Lunatic asylums Madras 1892-1911 - 1892-1911
Year: 1892
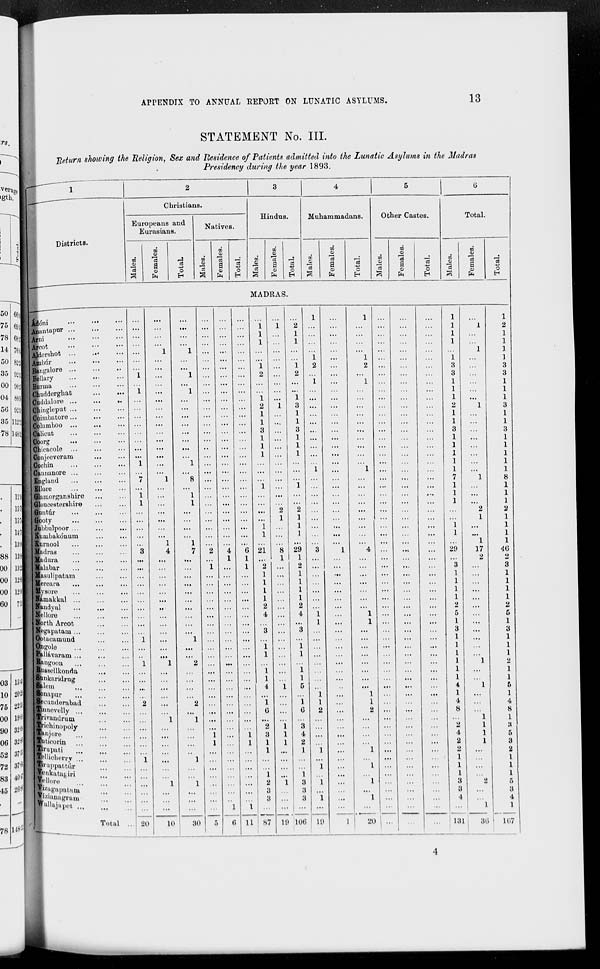
APPENDIX TO ANNUAL REPORT ON LUNATIC ASYLUMS.
13
STATEMENT No. III.
Return showing the Religion, Sex and Residence of Patients admitted into the Lunatic Asylums in the Madras
Presidency during the year 1893.
1
Districts.
2
Christians.
Europeans and
Eurasians.
Males.
Females.
Total.
Natives.
Males.
Females.
Total.
3
Hindus.
Males.
Females.
Total.
4
Muhammadans.
Males.
Females.
Total.
5
Other Castes.
Males.
Females.
Total.
6
Total.
Males.
Females.
Total.
MADRAS.
Àdóni ... ... ...
Anantapur
...
...
...
Arni ... ... ...
Arcot ... ... ...
Aldershot
...
...
...
Ambúr
...
...
...
Bangalore
...
...
...
Bellary
...
...
...
Burma ... ... ...
Chudderghat
...
...
Cuddulore
...
...
...
Chingleput
...
...
...
Coimbatore
...
...
...
Columboo ... ... ...
Calicut ... ... ...
Coorg ... ... ...
Chicacole ... ... ...
Conjeeveram ... ...
Cochin ... ... ...
Caunanore ... ... ...
England ... ... ...
Ellore
...
...
...
Glamorganshire ... ...
Gloucestershire ... ...
Guntúr ... ... ...
Gooty ... ... ...
Jubbulpoor ... ... ...
Kumbakónum ... ...
Kurnool ... ... ...
Madras ... ... ...
Madura ... ... ...
Malabar ... ... ...
Masulipatam ... ...
Mercara ... ... ...
Mysore ... ... ...
Námakkal ... ... ...
Nandyal ... ...
Nellore ... ... ...
North
Arcot
...
...
Negapatam
...
...
...
Ootacamund ... ...
Ongole ... ... ...
Pallávaram ... ... ...
Rangoon ... ... ...
Russellkonda ... ...
Sunkaridrug ... ...
Salem
...
...
...
Sonapur ... ... ...
Secunderabad ... ...
Tinnevelly ... ... ...
Trivandrum ... ...
Trichinopoly ... ...
Tanjore ... ... ...
Tuticorin ... ... ...
Tirupati ... ... ...
Tellicherry ... ... ...
Tirapattúr ... ...
Venkatagiri ... ...
Vellore ... ... ...
Vizagapatam ... ...
Vizianagram ... ...
Wallajapet ... ...
Total ...
...
...
...
...
...
...
...
1
...
1
...
...
...
...
...
...
...
...
1
7
...
1
1
...
...
...
...
...
3
...
...
...
...
...
...
...
...
...
...
1
...
...
1
...
...
...
...
2
...
...
...
...
...
...
1
...
...
...
...
...
...
20
...
...
...
...
1
...
...
...
...
...
...
...
...
...
...
...
...
...
...
...
1
...
...
...
...
...
...
...
1
4
...
...
...
...
...
...
...
...
...
...
...
...
...
1
...
...
...
...
...
...
1
...
...
...
...
...
...
...
1
...
...
...
10
...
...
...
...
1
...
...
1
...
1
...
...
...
...
...
...
...
...
1
...
8
...
1
1
...
...
...
...
1
7
...
...
...
...
...
...
...
...
...
...
1
...
...
2
...
...
...
...
2
...
1
...
...
...
...
1
...
...
1
...
...
...
30
...
...
...
...
...
...
...
...
...
...
...
...
...
...
...
...
...
...
...
...
...
...
...
...
...
...
...
...
...
2
...
1
...
...
...
...
...
...
...
...
...
...
...
...
...
...
...
...
...
...
...
...
1
1
...
...
...
...
...
...
...
...
5
...
...
...
...
...
...
...
...
...
...
...
...
...
...
...
...
...
...
...
...
...
...
...
...
...
...
...
...
...
4
1
...
...
...
...
...
...
...
...
...
...
...
...
...
...
...
...
...
...
...
...
...
...
...
...
...
...
...
...
...
...
1
6
...
...
...
...
...
...
...
...
...
...
...
...
...
...
...
...
...
...
...
...
...
...
...
...
...
...
...
...
...
6
1
1
...
...
...
...
...
...
...
...
...
...
...
...
...
...
...
...
...
...
...
...
1
1
...
...
...
...
...
...
...
1
11
...
1
1
1
...
...
1
2
...
...
1
2
1
1
3
1
1
1
...
...
...
1
...
...
...
...
1
1
...
21
...
2
1
1
1
1
2
4
...
3
...
1
1
...
1
1
4
...
1
6
...
2
3
1
1
...
...
1
2
3
3
...
87
...
1
...
...
...
...
...
...
...
...
...
1
...
...
...
...
...
...
...
...
...
...
...
...
2
1
...
...
...
8
1
...
...
...
...
...
...
...
...
...
...
...
...
...
...
...
1
...
...
...
...
1
1
1
...
...
...
...
1
...
...
...
19
...
2
1
1
...
...
1
2
...
...
1
3
1
1
3
1
1
1
...
...
...
1
...
...
2
1
1
1
...
29
1
2
1
1
1
1
2
4
...
3
...
1
1
...
1 1
5
...
1 6
...
3
4
2
1
...
...
1
3
3
3
...
106
1
...
...
...
1
1
2
...
1
...
...
...
...
...
...
...
...
...
...
1
...
...
...
...
...
...
...
...
...
3
...
...
...
...
...
...
...
1
1
...
...
...
...
...
...
...
...
1
1
2
...
...
...
...
1
...
1
...
1
...
1
...
19
...
...
...
...
...
...
...
...
...
...
...
...
...
...
...
...
...
...
...
...
...
...
...
...
...
...
...
...
...
1
...
...
...
...
...
...
...
...
...
...
...
...
...
...
...
...
...
...
...
...
...
...
...
...
...
...
...
...
...
...
...
...
1
1
...
...
...
...
1
2
...
1
...
...
...
...
...
...
...
...
...
...
1
...
...
...
...
...
...
...
...
...
4
...
...
...
...
...
...
...
1
1
...
...
...
...
...
...
...
...
1
1
2
...
...
...
...
1
...
1
...
1
...
1
1
20
...
...
...
...
...
...
...
...
...
...
...
...
...
...
...
...
...
...
...
...
...
...
...
...
...
...
...
...
...
...
...
...
...
...
...
...
...
...
...
...
...
...
...
...
...
...
...
...
...
...
...
...
...
...
...
...
...
...
...
...
...
...
...
...
...
...
...
...
...
...
...
...
...
...
...
...
...
...
...
...
...
...
...
...
...
...
...
...
...
...
...
...
...
...
...
...
...
...
...
...
...
...
...
...
...
...
...
...
...
...
...
...
...
...
...
...
...
...
...
...
...
...
...
...
...
...
...
...
...
...
...
...
...
...
...
...
...
...
...
...
...
...
...
...
...
...
...
...
...
...
...
...
...
...
...
...
...
...
...
...
...
...
...
...
...
...
...
...
...
...
...
...
...
...
...
...
...
...
...
...
...
...
...
...
...
...
...
...
...
1
1
1
1
...
1
3
3
1
1
1
2
1
1
3
1
1
1
1
1
7
1
1
1
...
...
1
1
...
29
...
3
1
1
1
1
2
5
1
3
1
1
1
1
1
1
4
1
4
8
...
2
4
2
2
1
1
1
3
3
4
...
131
...
1
...
...
1
...
...
...
...
...
...
1
...
...
...
...
...
...
...
...
1
...
...
...
2
1
...
...
1
17
2
...
...
...
...
...
...
...
...
...
...
...
...
1
...
...
1
...
...
...
1
1
1
1
...
...
...
...
2
...
...
1
36
1
2
1
1
1
1
3
3
1
1
1
3
1
1
3
1
1
1
1
1
8
1
1
1
2
1
1
1
1
46
2
3
1
1
1
1
2
5
1
3
1
1
1
2
1
1
5
1
4
8
1
3
5
3
2
1
1
1
5
3
4
1
167
4